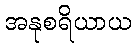
အနုစရိယာယ